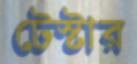
টেস্টার